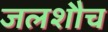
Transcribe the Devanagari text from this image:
जलशौच